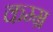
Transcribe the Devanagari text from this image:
कम्म्र